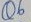
Text: Q6